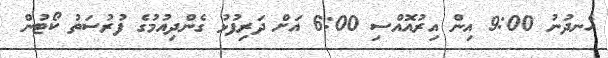
ހެނދުނު 9:00 އިން އިރުއޮއްސި 6:00 އަށް ދަރިފުޅު ގެންދިއުމުގެ ފުރުސަތު ކޯޓުން